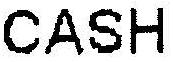
CASH